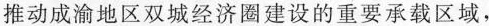
推动成渝地区双城经济圈建设的重要承载区域，